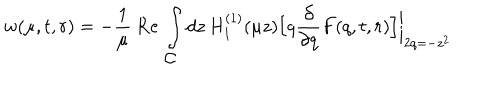
w ( \mu , t , r ) = - \frac { 1 } { \mu } \mathrm { ~ R e ~ } \int _ { \textstyle { \cal C } } d z \, H _ { 1 } ^ { ( 1 ) } ( \mu z ) \Bigl [ q \frac { \partial } { \partial q } F ( q , t , r ) \Bigr ] \biggl | _ { 2 q = - z ^ { 2 } }